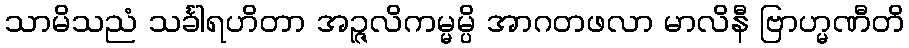
သာမိသညံ သင်္ခါရဟိတာ အဉ္ဇလိကမ္မမ္ပိ အာဂတဖလာ မာလိနီ ဗြာဟ္မဏီတိ